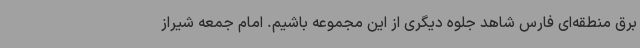
برق منطقه‌ای فارس شاهد جلوه دیگری از این مجموعه باشیم. امام جمعه شیراز